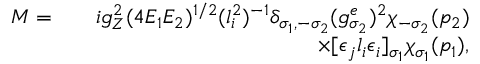
\begin{array} { r l r } { { \cal M } = } & { } & { i g _ { Z } ^ { 2 } ( 4 E _ { 1 } E _ { 2 } ) ^ { 1 / 2 } ( l _ { i } ^ { 2 } ) ^ { - 1 } \delta _ { \sigma _ { 1 } , - \sigma _ { 2 } } ( g _ { \sigma _ { 2 } } ^ { e } ) ^ { 2 } \chi _ { - \sigma _ { 2 } } ( p _ { 2 } ) } \\ & { } & { \times [ \epsilon _ { j } l _ { i } \epsilon _ { i } ] _ { \sigma _ { 1 } } \chi _ { \sigma _ { 1 } } ( p _ { 1 } ) , } \end{array}